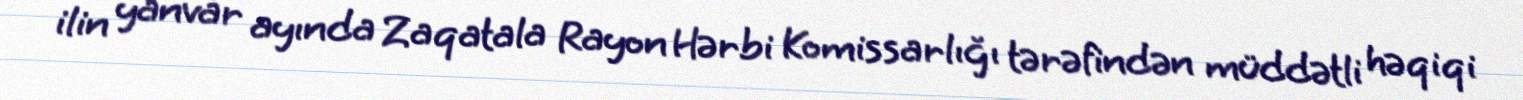
ilin yanvar ayında Zaqatala Rayon Hərbi Komissarlığı tərəfindən müddətli həqiqi